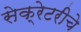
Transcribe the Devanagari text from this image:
सेक्रेटरीचे